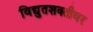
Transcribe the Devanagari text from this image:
विद्युतशक्तीवर